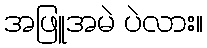
အဖြူအမဲ ပဲလား။